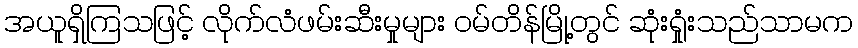
အယူရှိကြသဖြင့် လိုက်လံဖမ်းဆီးမှုများ ဝမ်တိန်မြို့တွင် ဆုံးရှုံးသည်သာမက